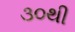
૩૦થી